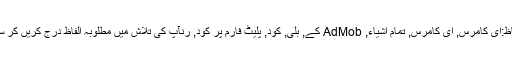
مطلوبہ الفاظ:ای کامرس, ای کامرس, تمام اشیاء, AdMob کے, بلی, کود, پلیٹ فارم پر کود, رنآپ کی تلاش میں مطلوبہ الفاظ درج کریں کر سکتے ہیں!